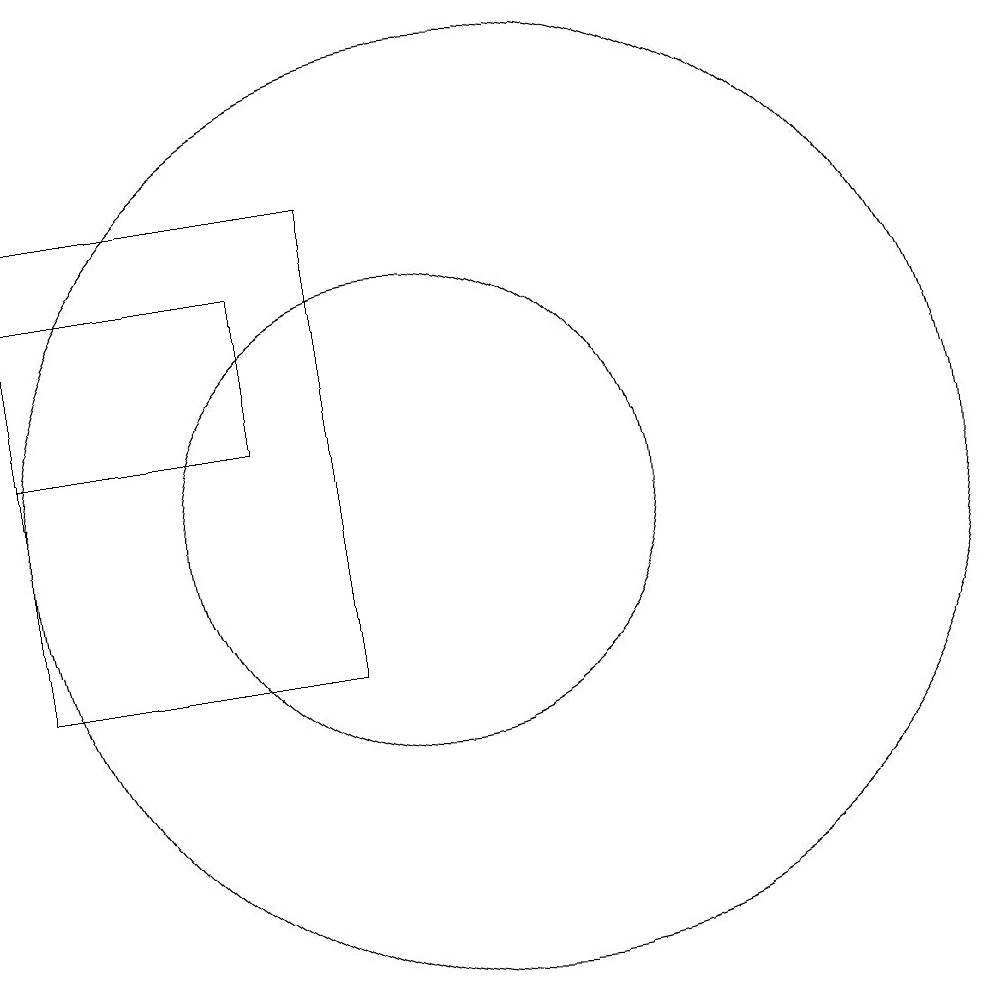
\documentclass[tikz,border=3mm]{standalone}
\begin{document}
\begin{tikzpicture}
\draw (9,16) rectangle (5,10);
\draw (10,12) circle (3);
\draw (8,15) rectangle (5,13);
\draw (11,12) circle (6);
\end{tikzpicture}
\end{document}